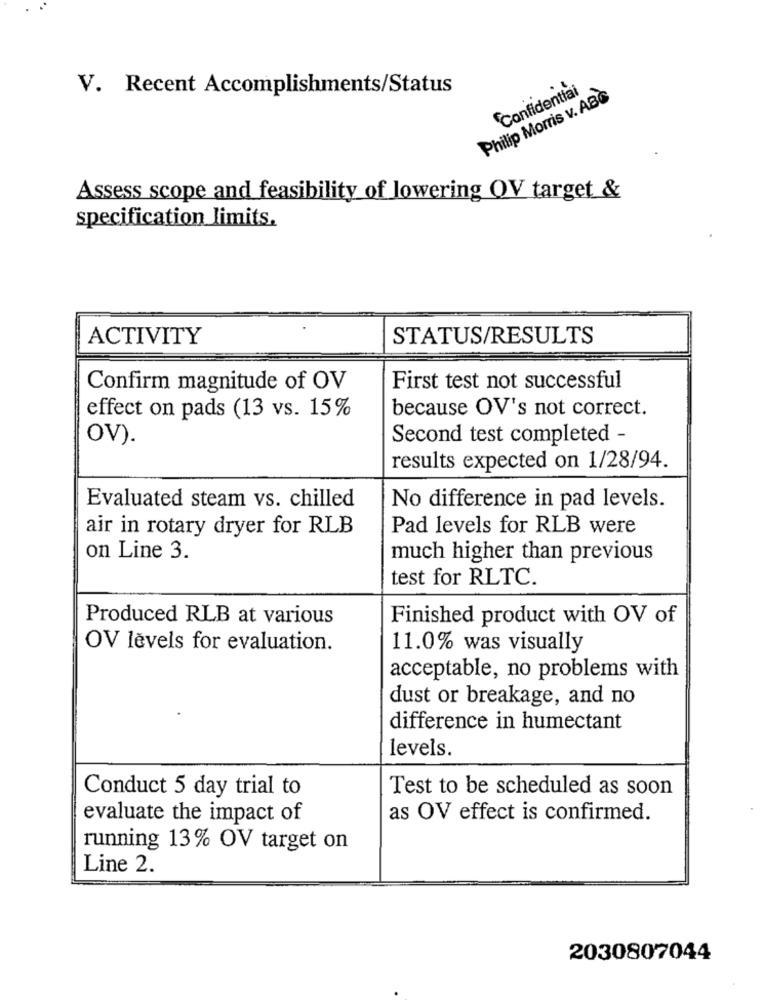
V. Recent Accomplishments/Status
Confidential
Philip Morris v. ABG
Assess scope and feasibility of lowering OV target &
specification limits.
ACTIVITY
STATUS/RESULTS
Confirm magnitude of OV
First test not successful
because OV's not correct.
effect on pads (13 vs. 15%
OV).
Second test completed -
results expected on 1/28/94.
Evaluated steam vs. chilled
No difference in pad levels.
air in rotary dryer for RLB
Pad levels for RLB were
on Line 3.
much higher than previous
test for RLTC.
Produced RLB at various
Finished product with OV of
OV levels for evaluation.
11.0% was visually
acceptable, no problems with
dust or breakage, and no
difference in humectant
levels.
Conduct 5 day trial to
Test to be scheduled as soon
evaluate the impact of
as OV effect is confirmed.
running 13% OV target on
Line 2.
2030807044